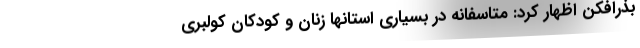
بذرافکن اظهار کرد: متاسفانه در بسیاری استانها زنان و کودکان کولبری